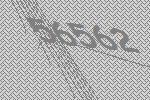
56562